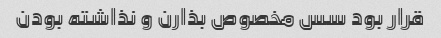
قرار بود سس مخصوص بذارن و نذاشته بودن